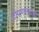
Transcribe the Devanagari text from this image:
टोपणनावही